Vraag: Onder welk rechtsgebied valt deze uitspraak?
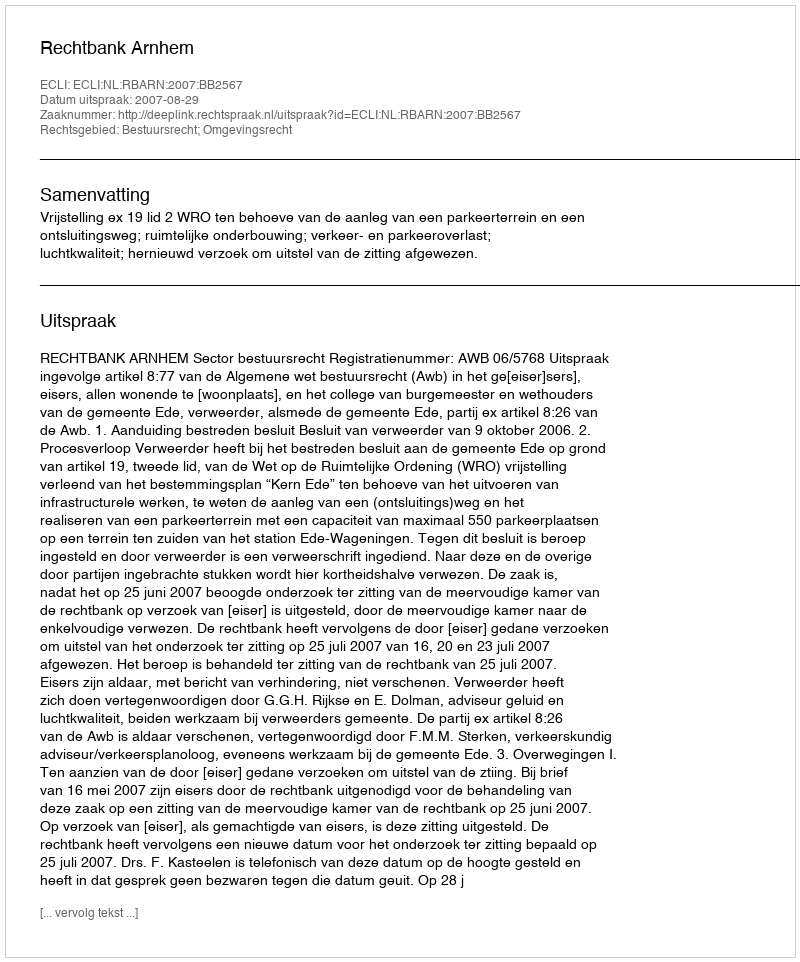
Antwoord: Bestuursrecht; Omgevingsrecht